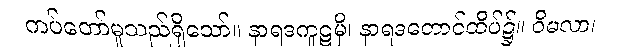
ကပ်တော်မူသည်ရှိသော်။ နာရဒကူဋမှိ၊ နာရဒတောင်ထိပ်၌။ ဝိမလာ၊